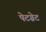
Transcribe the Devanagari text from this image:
पेटग्रेट